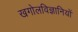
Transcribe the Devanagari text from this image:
खगोलविज्ञानियों